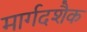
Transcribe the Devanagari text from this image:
मार्गदशैक